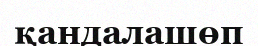
қандалашөп